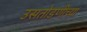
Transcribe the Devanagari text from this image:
उसतोडणीच्या